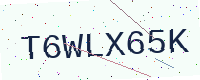
Text: T6WLX65K